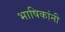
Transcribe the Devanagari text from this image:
भाषिकांनी